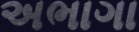
અભાગા